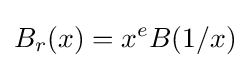
B_{r}(x)=x^{e}B(1/x)